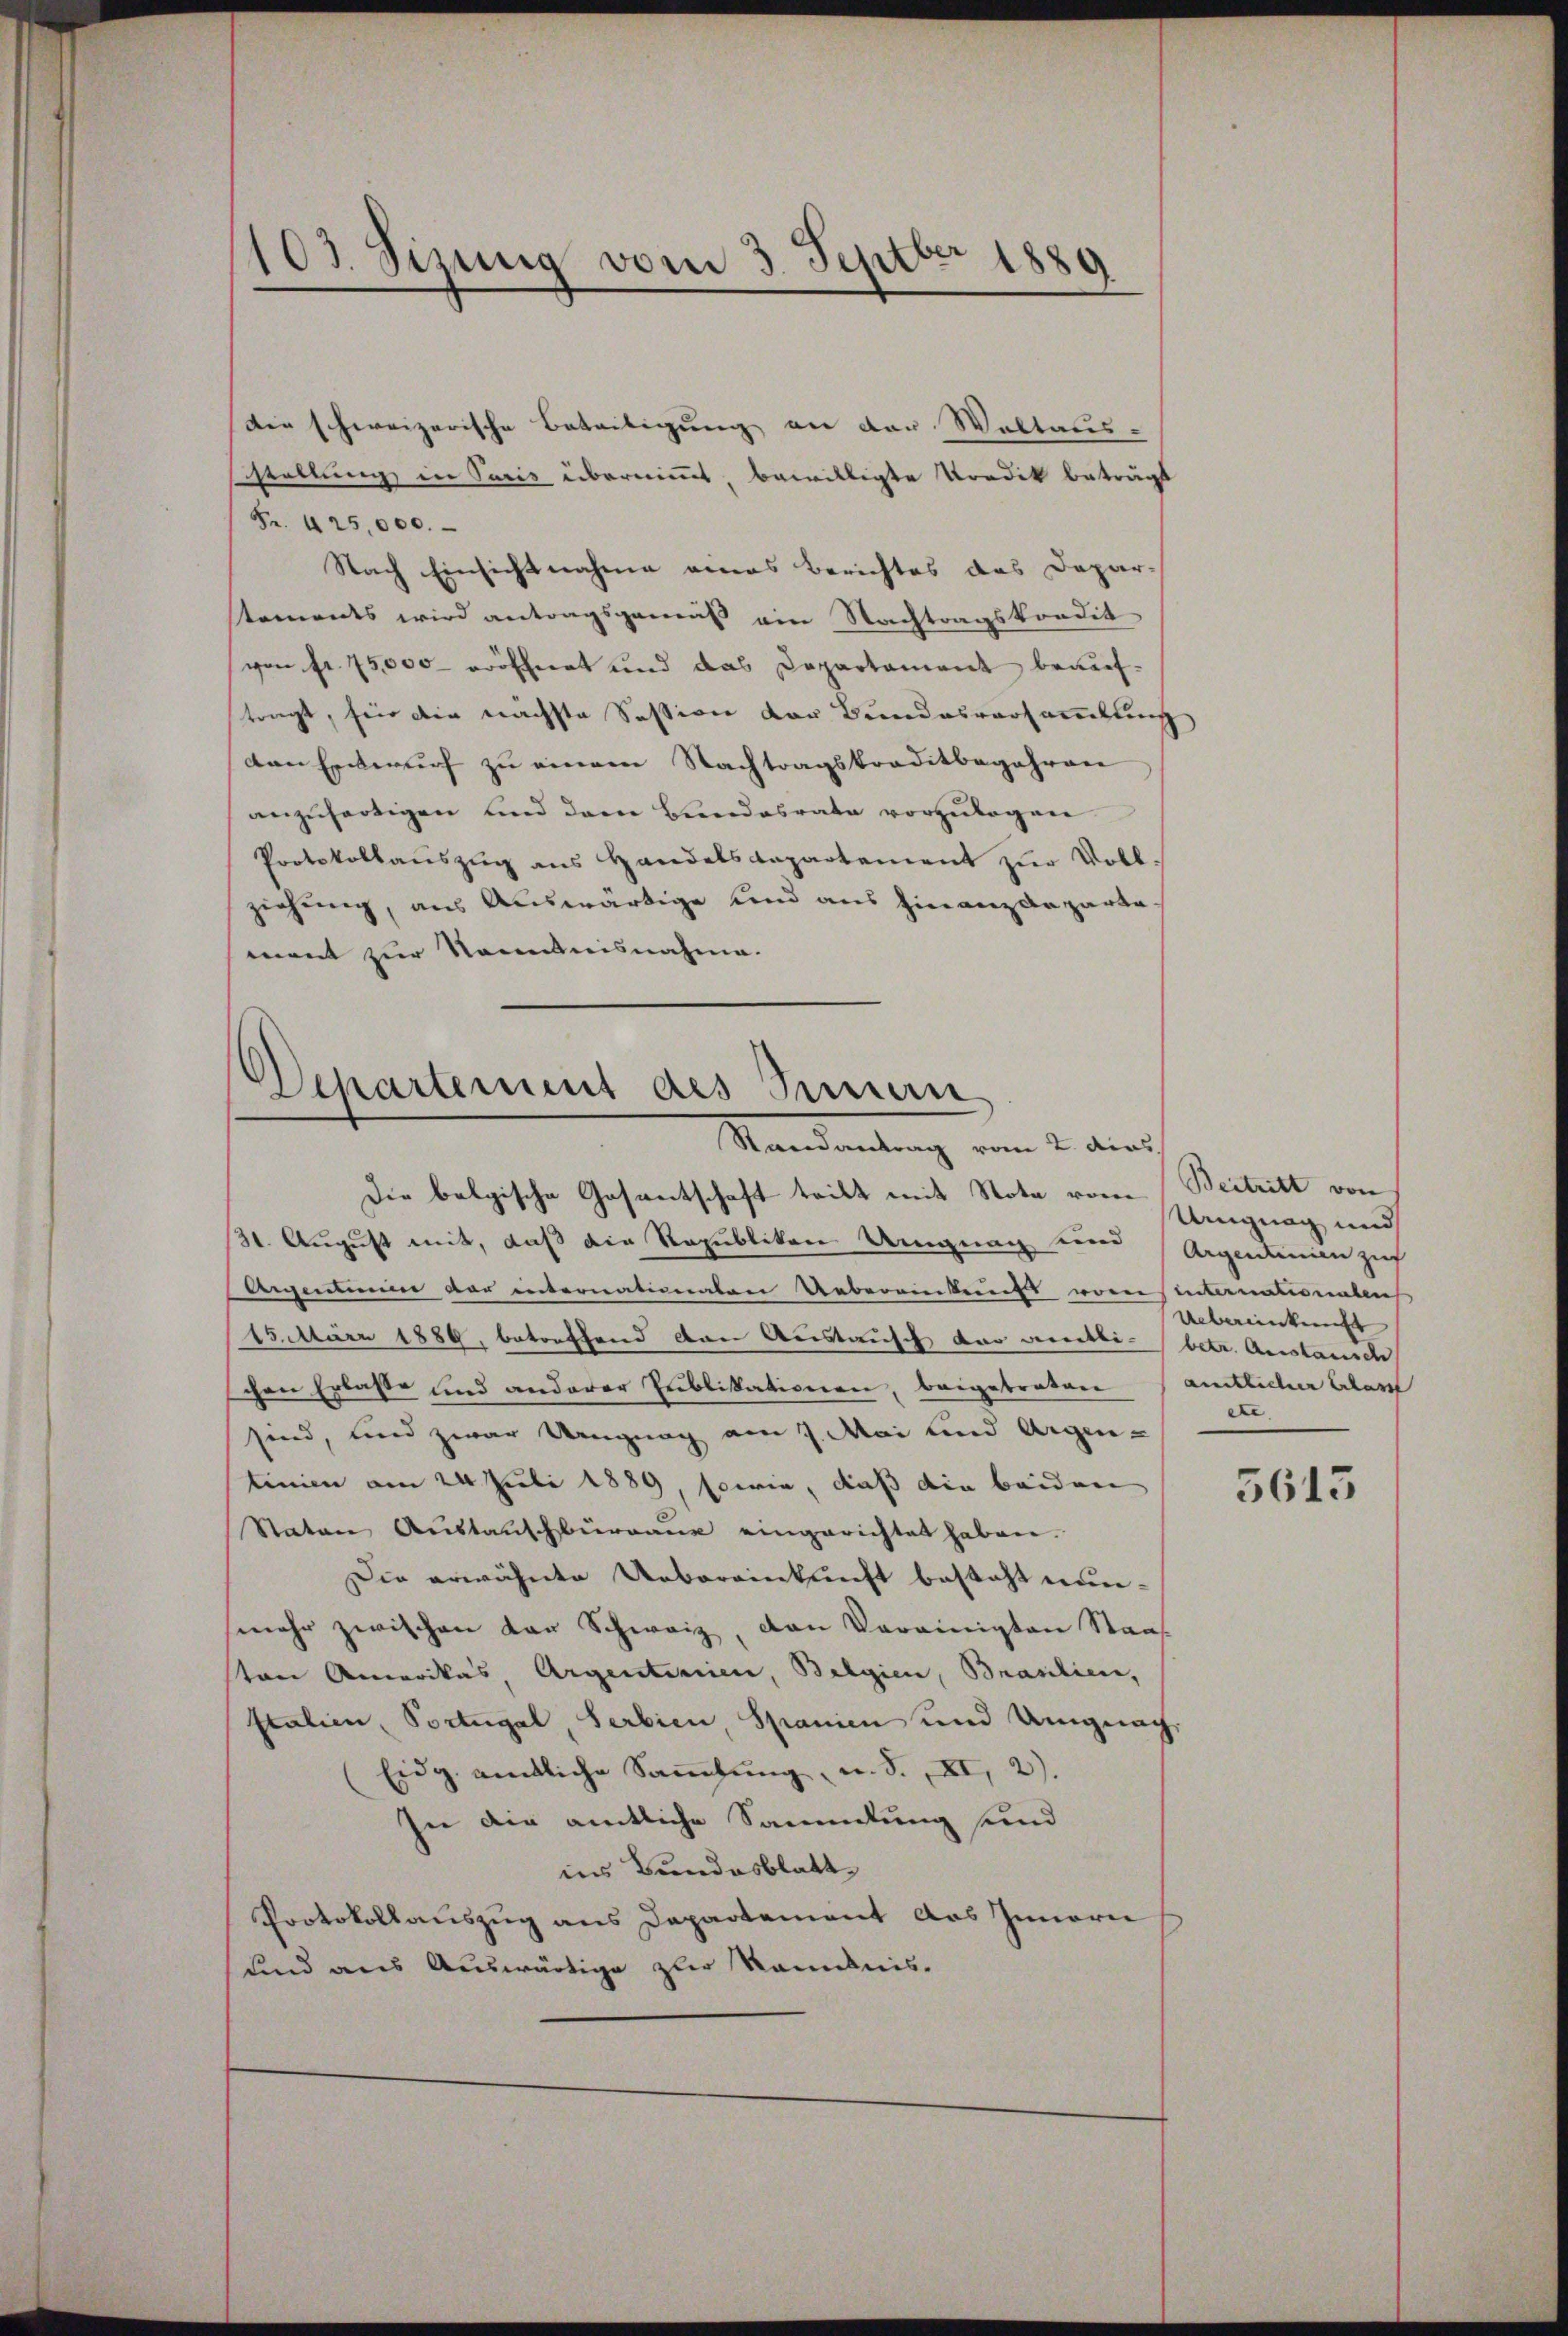
103. Sizung vom 3. Septbr 1889

dee schweizerische Beteiligung an der Waltaus-
sstellung in Paris übernimmt, bewilligte Vordit beträgt
Fr. 425,000.
Nach Einsichtnahme eines Berichtes des Depar-
stements wird antragsgemäß ein Nachtragskondit
von fr. 75,000 eröffnet und das Departament brauchtragt, für die nächste Session der Bundesversammlung
den Entwurf zu einem Nachtragskreditbegehren
anzufertigen und dem Bundesrate vorzulegen
Protokollaŭszŭg ans Handelsdepartement zŭr Voll-
ziehung, aus Auswärtige und aus Finanzdepartament zur Kenntnisnahme.

Departement des Semen
Mandantung vom 2. dies

Die belgische Gesantschaft tritt mit Note vom Beitritt von
31. August mit, daß die Republiken Umgung eine Argentinien zieh
Aegentum der internationaten Uebereinkunft vom Internationalen
15. März 1889, betreffend den Austausch der Bretti- betr. Austausch
cen Erlasse und anderer Publikationen, beigebraten amtlicher Erlasst
sind, und zwar Ungung am 7. Mai und Aigen-
tinien am 24. Juli 1889, sowie, daß die beiden
Staten Austauschbürraus eingerichtet haben.
Die erwähnte Uebereinkunft besteht nunmehr zwischen der Schweiz, den Vereinigten Staa
ton Amerikas, Argentinien, Belgien, Brasilien,
Italien, Portugal, Serbien, Spanien und Ungnag
Eidg. amtliche Sammlung, u. F. XI, 2).
In die amtliche Sammlung und
ins Bundesblatt
Protokollauszug aus Departement das Innern
und aus Auswärtige zur Kanonis.

Ungnag und
Uebereinkunft
etc. |

5613